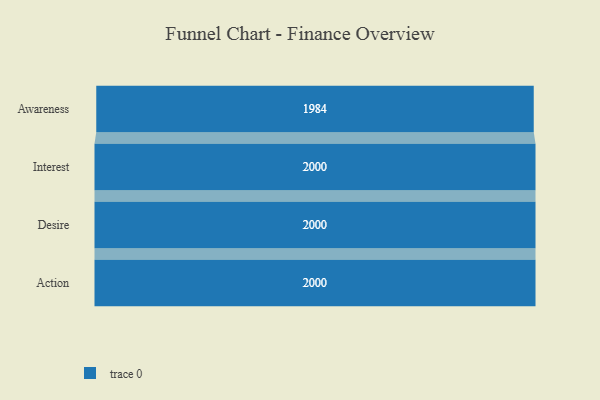
{"axis": {"x": "Stage", "y": "Value"}, "legend": [""], "data": [{"x": "Awareness", "y": 1984.0, "type": ""}, {"x": "Interest", "y": 2000, "type": ""}, {"x": "Desire", "y": 2000, "type": ""}, {"x": "Action", "y": 2000, "type": ""}]}